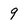
Character: q